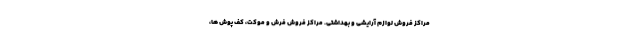
مراکز فروش لوازم آرایشی و بهداشتی. مراکز فروش فرش و موکت، کف پوش ها،